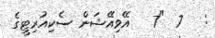
:   7  "7   އޭވިއޭޝަން ސެކިއުރިޓީގެ